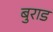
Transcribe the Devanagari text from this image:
बुराड